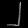
Digit: ၂